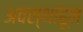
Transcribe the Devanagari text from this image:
अवस्थांहून